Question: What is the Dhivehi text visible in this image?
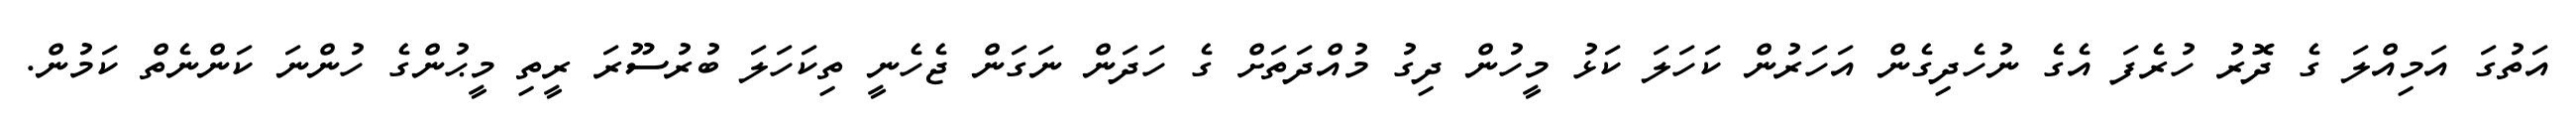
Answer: އަތުގަ އަމިއްލަ ގެ ދޮރު ހުރެފަ އެގެ ނުހެދިގެން އަހަރުން ކަހަލަ ކަޅު މީހުން ދިގު މުއްދަތަށް ގެ ހަދަން ނަގަން ޖެހެނީ ތިކަހަލަ ބުރުސޫރަ ރީތި މީޙުންގެ ހުންނަ ކަންނެތް ކަމުން.